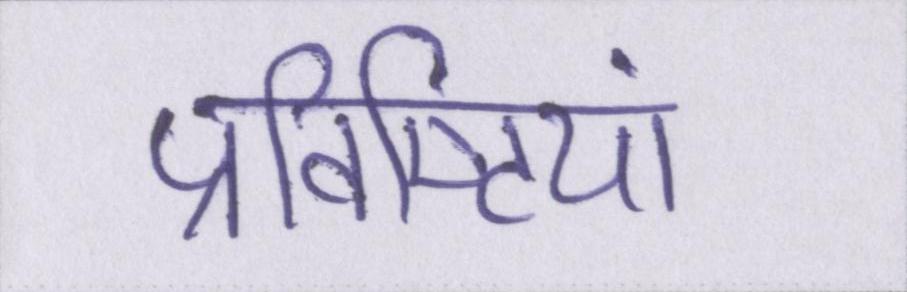
प्रविष्टियां